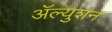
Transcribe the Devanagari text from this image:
ॲल्युशन